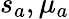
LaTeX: s_{a},\mu_{a}